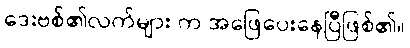
ဒေးဗစ်၏လက်များ က အဖြေပေးနေပြီဖြစ်၏။